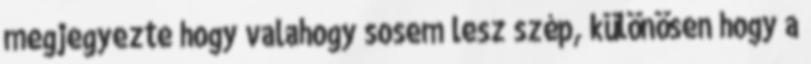
megjegyezte hogy valahogy sosem lesz szép, különösen hogy a